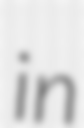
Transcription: in